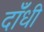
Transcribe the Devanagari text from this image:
दाँधी